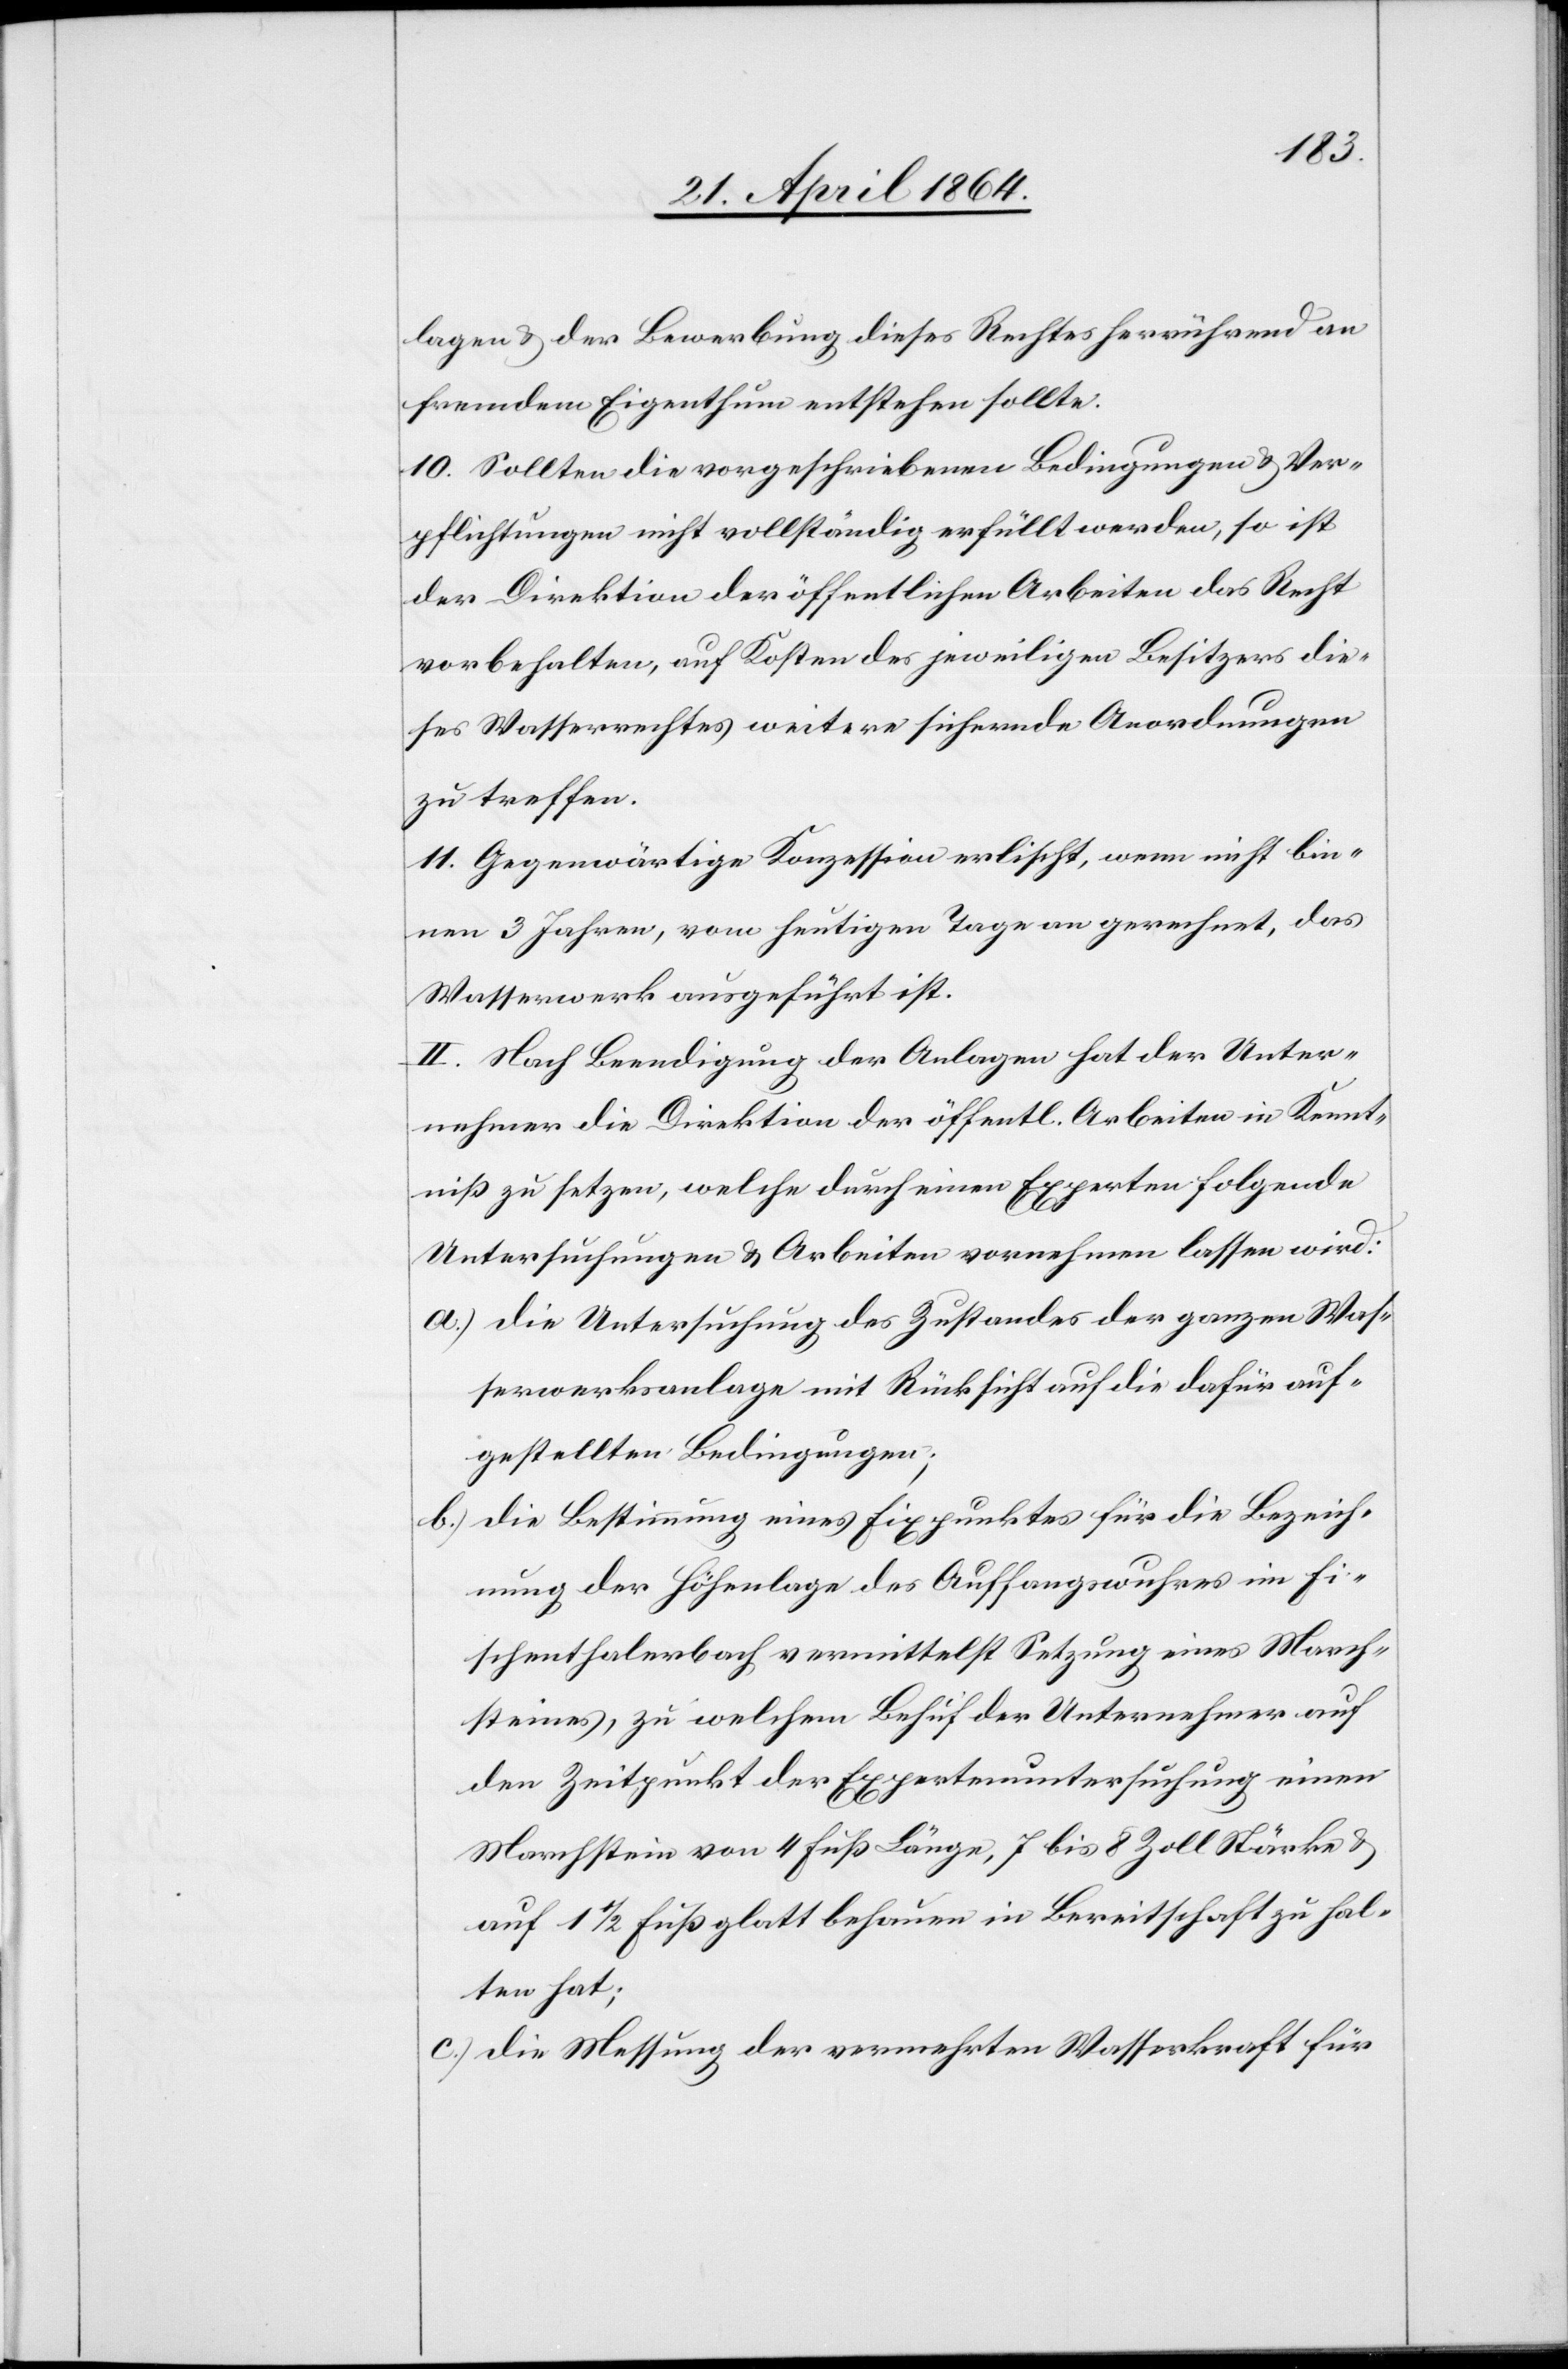
lagen u. der Bewerbung dieses Rechtes herrührend an
fremdem Eigenthum entstehen sollte.
10. Sollten die vorgeschriebenen Bedingungen u. Ver¬
pflichtungen nicht vollständig erfüllt werden, so ist
der Direktion der öffentlichen Arbeiten das Recht
vorbehalten, auf Kosten des jeweiligen Besitzers die¬
ses Wasserrechtes weitere sichernde Anordnungen
zu treffen.
11. Gegenwärtige Konzession erlischt, wenn nicht bin¬
nen 3 Jahren, vom heutigen Tage an gerechnet, das
Wasserwerk ausgeführt ist.
II. Nach Beendigung der Anlagen hat der Unter¬
nehmer die Direktion der öffentl. Arbeiten in Kennt¬
niß zu setzen, welche durch einen Experten folgende
Untersuchungen u. Arbeiten vornehmen lassen wird:
a.) die Untersuchung des Zustandes der ganzen Was¬
serwerksanlage mit Rücksicht auf die dafür auf¬
gestellten Bedingungen;
b.) die Bestimmung eines Fixpunktes für die Bezeich¬
nung der Höhenlage des Auffangwuhres im Fi¬
schenthalerbach vermittelst Setzung eines March¬
steines, zu welchem Behuf der Unternehmer auf
den Zeitpunkt der Expertenuntersuchung einen
Marchstein von 4 Fuß Länge, 7 bis 8 Zoll Stärke u.
auf 1 1/2 Fuß glatt behauen in Bereitschaft zu hal¬
ten hat;
c.) die Messung der vermehrten Wasserkraft für